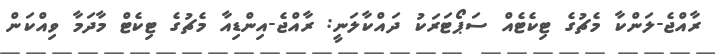
ރާއްޖެ-ލަންކާ މެޗުގެ ޓިކެޓެއް ސަޕޯޓަރަކު ދައްކާލަނީ: ރާއްޖެ-އިންޑިއާ މެޗުގެ ޓިކެޓް މާދަމާ ވިއްކަން